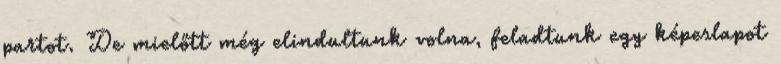
partot. De mielőtt még elindultunk volna, feladtunk egy képeslapot